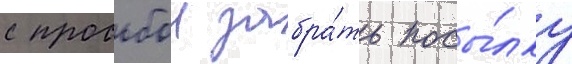
с просьбои забра́ть посы́лку